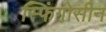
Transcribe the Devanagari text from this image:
स्फिंगोसीन